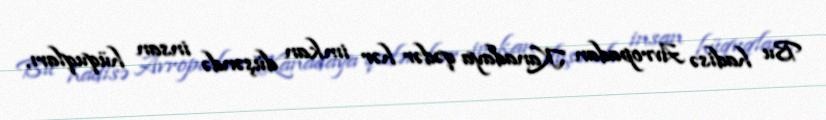
Bu hadisə Avropadan Kanadaya qədər hər imkan düşəndə insan hüquqları,